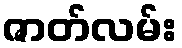
ဇာတ်လမ်း